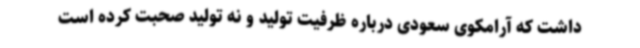
داشت که آرامکوی سعودی درباره ظرفیت تولید و نه تولید صحبت کرده است